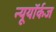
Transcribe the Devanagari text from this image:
न्यूयॉर्कज